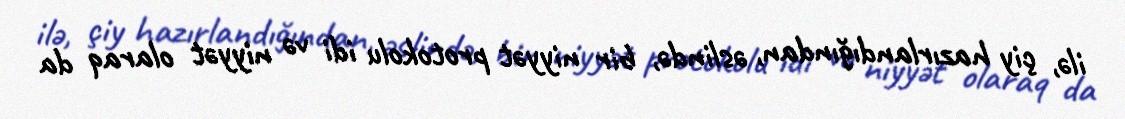
ilə, çiy hazırlandığından, əslində, bir niyyət protokolu idi və niyyət olaraq da